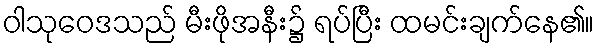
ဝါသုဝေဒသည် မီးဖိုအနီး၌ ရပ်ပြီး ထမင်းချက်နေ၏။